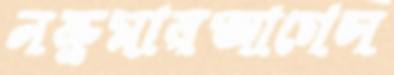
নক্রুমারআগেস